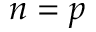
n = p